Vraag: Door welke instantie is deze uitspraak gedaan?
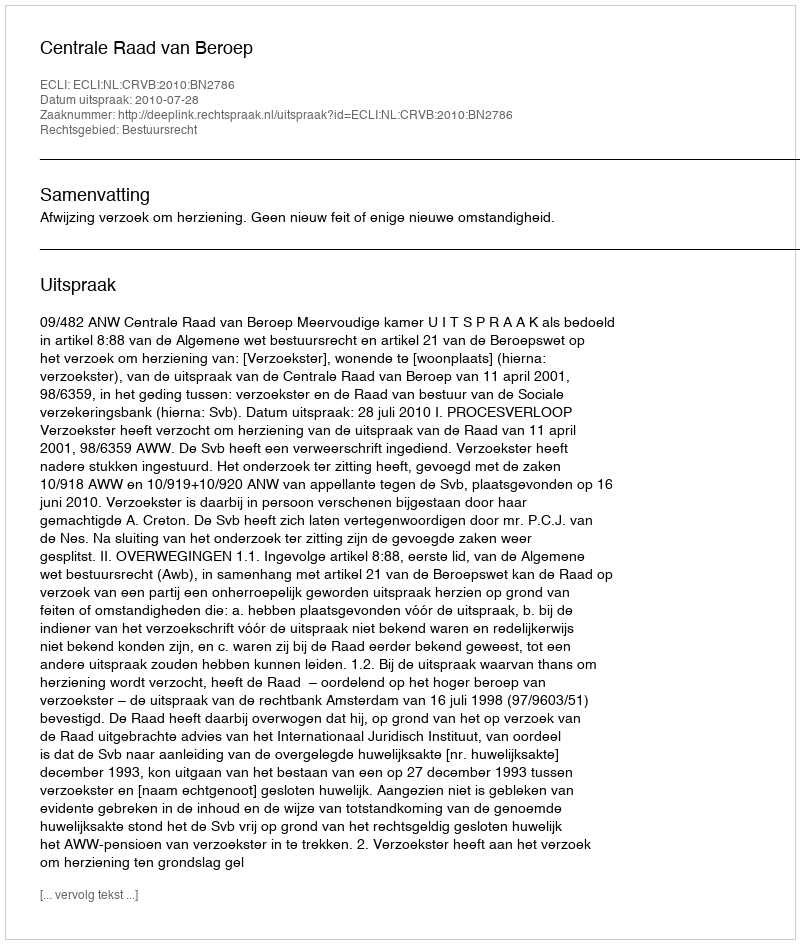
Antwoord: Centrale Raad van Beroep